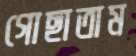
গোছাতাম